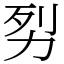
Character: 劽